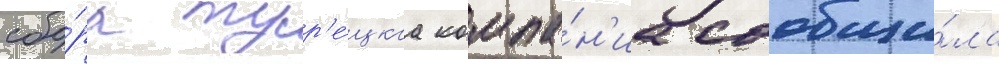
сбо́ра тур'е́цкаа компа́н'иа сообщи́ла